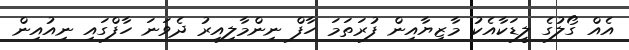
އެއް ގޯލުގެ ލީޑަކާއެކު މާޒިޔާއިން ފުރަތަމަ ހާފް ނިންމާލިއިރު ދެވަނަ ހާފްގައި ނިއުއިން